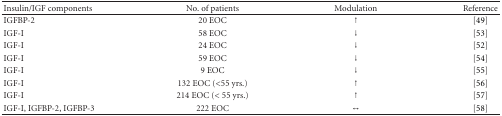
<table><thead><tr><td><b>Insulin/IGF components</b></td><td><b>No. of patients</b></td><td><b>Modulation</b></td><td><b>Reference</b></td></tr></thead><tbody><tr><td>IGFBP-2</td><td>20 EOC</td><td>↑</td><td>[49]</td></tr><tr><td>IGF-I</td><td>58 EOC</td><td>↓</td><td>[53]</td></tr><tr><td>IGF-I</td><td>24 EOC</td><td>↓</td><td>[52]</td></tr><tr><td>IGF-I</td><td>59 EOC</td><td>↓</td><td>[54]</td></tr><tr><td>IGF-I</td><td>9 EOC</td><td>↓</td><td>[55]</td></tr><tr><td>IGF-I</td><td>132 EOC (&lt;55 yrs.)</td><td>↑</td><td>[56]</td></tr><tr><td>IGF-I</td><td>214 EOC (&lt;55 yrs.)</td><td>↑</td><td>[57]</td></tr><tr><td>IGF-I, IGFBP-2, IGFBP-3</td><td>222 EOC</td><td>↔</td><td>[58]</td></tr></tbody></table>